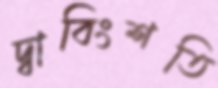
দ্বাবিংশতি